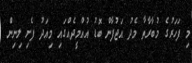
މި ފަހަރުގެ މުބާރާތާ މެދު އަޖުފާން ބޮޑު އުއްމީދެއްގައި މިއަދު ފެށި ލިނިން